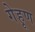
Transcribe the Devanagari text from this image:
गेहूण